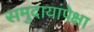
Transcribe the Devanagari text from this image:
समुदायांपेक्षा